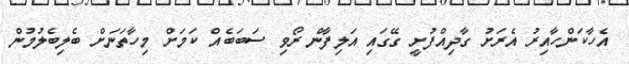
އެހާކަންހާއިރު އެރަށު ގާދިއްފުށީ ގޭގައި އަލިފާން ރޯވި ސަބަބެއް ކަމަށް މިހާތަނަަށް ބެލިބެލުމުން